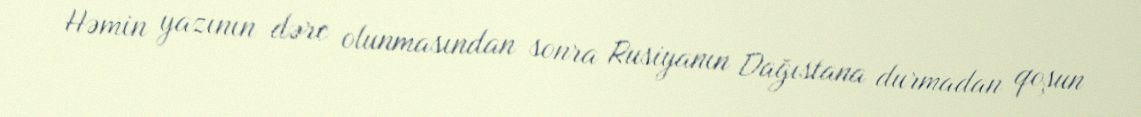
Həmin yazının dərc olunmasından sonra Rusiyanın Dağıstana durmadan qoşun